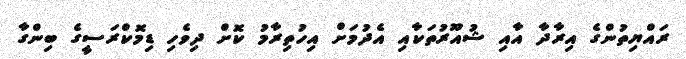
ރައްޔިތުންގެ އިރާދާ އާއި ޝުއޫރުތަކާއި އެދުމަށް އިހުތިރާމު ކޮށް ދިވެހި ޑިމޮކްރަސީގެ ބިންގާ